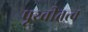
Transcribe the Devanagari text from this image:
पृथ्वीतत्व